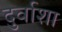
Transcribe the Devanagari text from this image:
दुर्वाशा